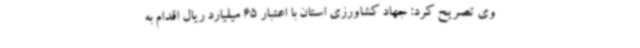
وی تصریح کرد: جهاد کشاورزی استان با اعتبار 65 میلیارد ریال اقدام به